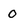
Character: o